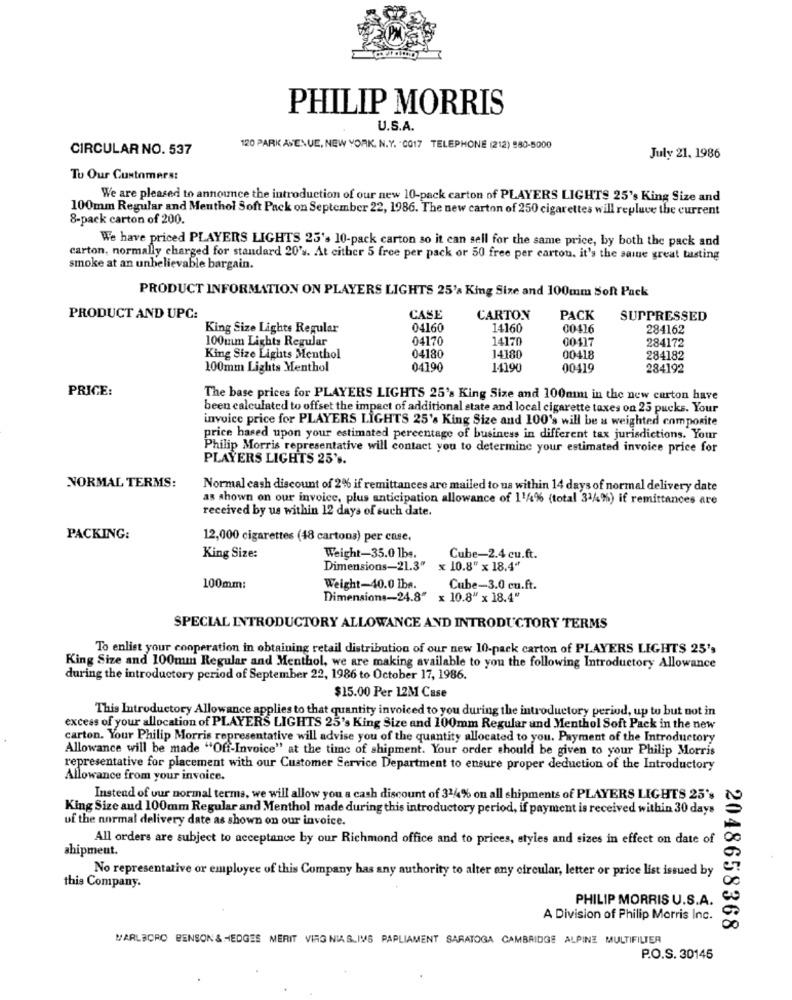
PHILIP MORRIS
U.S.A.
CIRCULAR NO. 537
120 PARK AVENUE, NEW YORK, N.Y. - 0017 TELEPHONE (212) 980-5000
July 21, 1986
To Our Customers:
We are pleased to announce the introduction of our new 10-pack carton of PLAYERS LIGHTS 25's King Size and
100mm Regular and Menthol Soft Pack on September 22, 1986. The new carton of 250 cigarettes will replace the current
8-pack carton of 200.
We have priced PLAYERS LIGHTS 25's 10-pack carton so it can sell for the same price, by both the pack and
carton, normally charged for standard 20's. At cither 5 free per pack or 50 free per carton. it's the same great busting
smoke at an unbelievable bargain.
PRODUCT INFORMATION ON PLAYERS LIGHTS 25's King Size and 100mm Soft Pack
PRODUCT AND UPC:
CASE
CARTON
PACK
SUPPRESSED
King Size Lights Regular
04160
14160
00416
284162
100mm Lights Regular
04170
14170
00117
284172
King Size Lights Menthol
04180
14180
00418
284182
100mm Lights Menthol
04190
14190
00419
284192
PRICE:
The base prices for PLAYERS LIGHTS 25's King Size and 100mm in the new carton have
been calculated to offset the impact of additional state and local cigarette taxes on 25 pucks. Your
invoice price for PLAYERS LIGHTS 25's King Size and 100's will be a weighted composite
price hased upon your estimated percentage of business in different tax jurisdictions. Your
Philip Morris representative will contact you to determine your estimated invoice price for
PLAYERS LIGHTS 25'0.
NORMAL TERMS:
Normal cash discount of 2% if remittances are mailed to us within 14 days of normal delivery date
as shown on our invoice, plus anticipation allowance of 11/4% (total 31/4%) if remittances are
received by us within 12 days of such date.
PACKING:
12,000 cigarettes (48 cartons) per case.
King Size:
Weight-35.0 lbe.
Cube-2.4 cu.ft.
Dimensions-21.3" x 10.8" x 18.4"
100mm:
Weight-40.0 lba.
Cube-3.0 cu.ft.
Dimensions-24.8" × 10.8" x 18.4"
SPECIAL INTRODUCTORY ALLOWANCE AND INTRODUCTORY TERMS
To enlist your cooperation in obtaining retail distribution of our new 10-pack carton of PLAYERS LIGHTS 25's
King Size and 100mm Regular and Menthol, we are making available to you the following Introductory Allowance
during the introductory period of September 22, 1986 to October 17, 1986.
$15.00 Per 12M Case
This Introductory Allowance applies to that quantity invoiced to you during the introductory period, up to but not in
excess of your allocation of PLAYERS LIGHTS 25's King Size and 100mm Regular and Menthol Soft Pack in the new
carton. Your Philip Morris representative will advise you of the quantity allocated to you. Payment of the Introductory
Allowance will be made "Off-Invoice" at the time of shipment. Your order should be given to your Philip Morris
representative for placement with our Customer Service Department to ensure proper deduction of the Introductory
Allowance from your invoice.
Instead of uur normal terms, we will allow you a cash discount of 314% on all shipments of PLAYERS LIGHTS 25's
King Size and 100mm Regular and Menthol made during this introductory period, if payment is received within 30 days
uf the normal delivery date as shown on our invoice.
All orders are subject to acceptance by our Richmond office and to prices, styles and sizes in effect on date of
shipment.
No representative or employee of this Company has any authority to alter any circular, letter or price list issued by
this Company.
PHILIP MORRIS U.S.A.
A Division of Philip Morris Inc.
2048658368
MARLBORO PENSON & HEDGES MERIT VIRGINIA SIMS PARLIAMENT SARATOGA CAMBRIDGE ALPINE MULTIFILTER
P.O.S. 30145